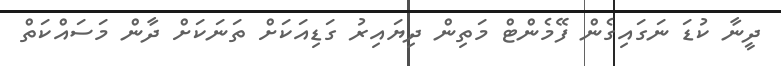
ދީނާ ކުޑަ ނަގައިގެން ފޭމެންޓް މަތިން ދިޔައިރު ގަޑިއަކަށް ތަނަކަށް ދާން މަސައްކަތް